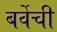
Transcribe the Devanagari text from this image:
बर्वेची